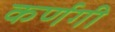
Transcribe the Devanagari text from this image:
कर्णगी